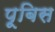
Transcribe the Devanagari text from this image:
पूबिस